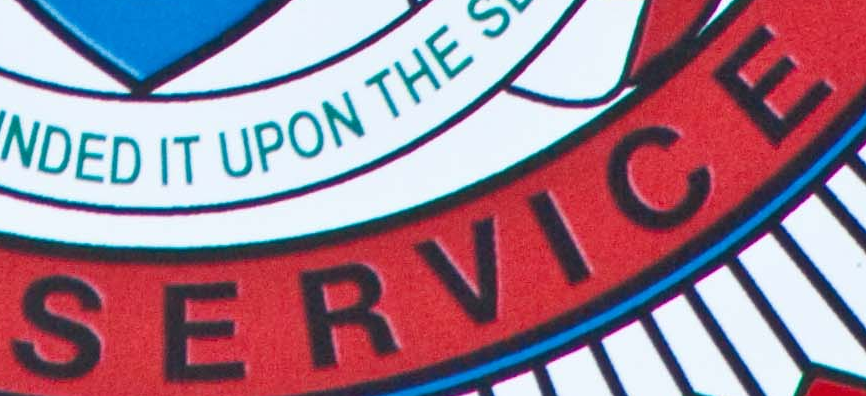
SERVICE